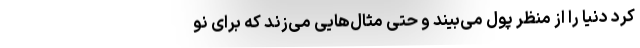
کرد دنیا را از منظر پول می‌بیند و حتی مثال‌هایی می‌زند که برای نو